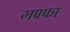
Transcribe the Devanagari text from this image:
गफ्फा